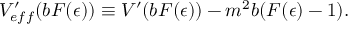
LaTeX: V _ { e f f } ^ { \prime } ( b F ( \epsilon ) ) \equiv V ^ { \prime } ( b F ( \epsilon ) ) - m ^ { 2 } b ( F ( \epsilon ) - 1 ) .